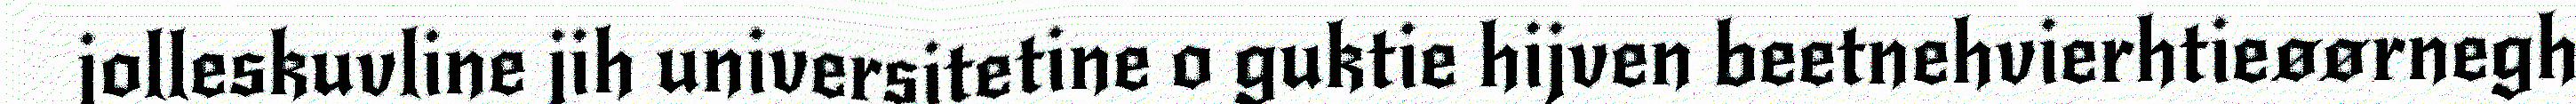
jolleskuvline jih universitetine o guktie hijven beetnehvierhtieøørnegh